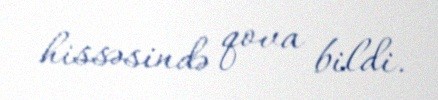
hissəsində qova bildi.